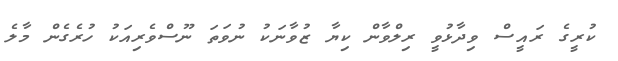
ކުރީގެ ރައީސް ވިދާޅުވީ ރިލްވާން ކިޔާ ޒުވާނަކު ނުވަތަ ނޫސްވެރިއަކު ހުރެގެން މާލެ